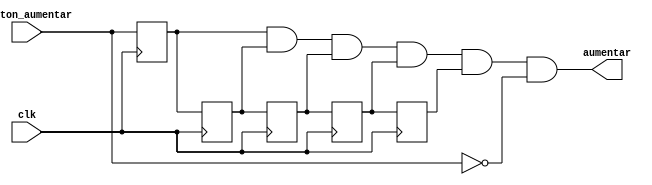
`timescale 1ns / 1ps

module Aumento_metastabilidad(//modulo para evitar los efectos del rebote del pulsador
    input botton_aumentar,			    //Declaracion de entradas y salidas
    input clk,			    //el modulo consiste en flipflops tipo D en cascada
	 output aumentar
    );

//Se utilizan 5 registros para filtrar la seal de pulso de los botones
reg FF_1;
reg FF_2;
reg FF_3;
reg FF_4;
reg FF_5;

always @(posedge clk)
begin
	FF_1<=botton_aumentar;
	FF_2<=FF_1;
	FF_3<=FF_2;
	FF_4<=FF_3;
	FF_5<=FF_4; //En conexion en cascada se colocan los biestables, es decir los valores de las salidas dependen del valor 
	//que tenga la entrada
end

assign aumentar = FF_1 & FF_2 & FF_3 & FF_4 & FF_5 &!botton_aumentar; //Para activar la seal en alto es necesario que todos los 
// flipflips se encuentren en 1 y que el boton de aumento ya no est presionado, de esta manera se asegura un dato estable.

endmodule